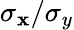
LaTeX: \sigma_{\mathbf{x}}/\sigma_{y}